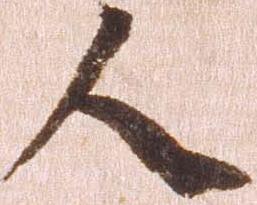
人